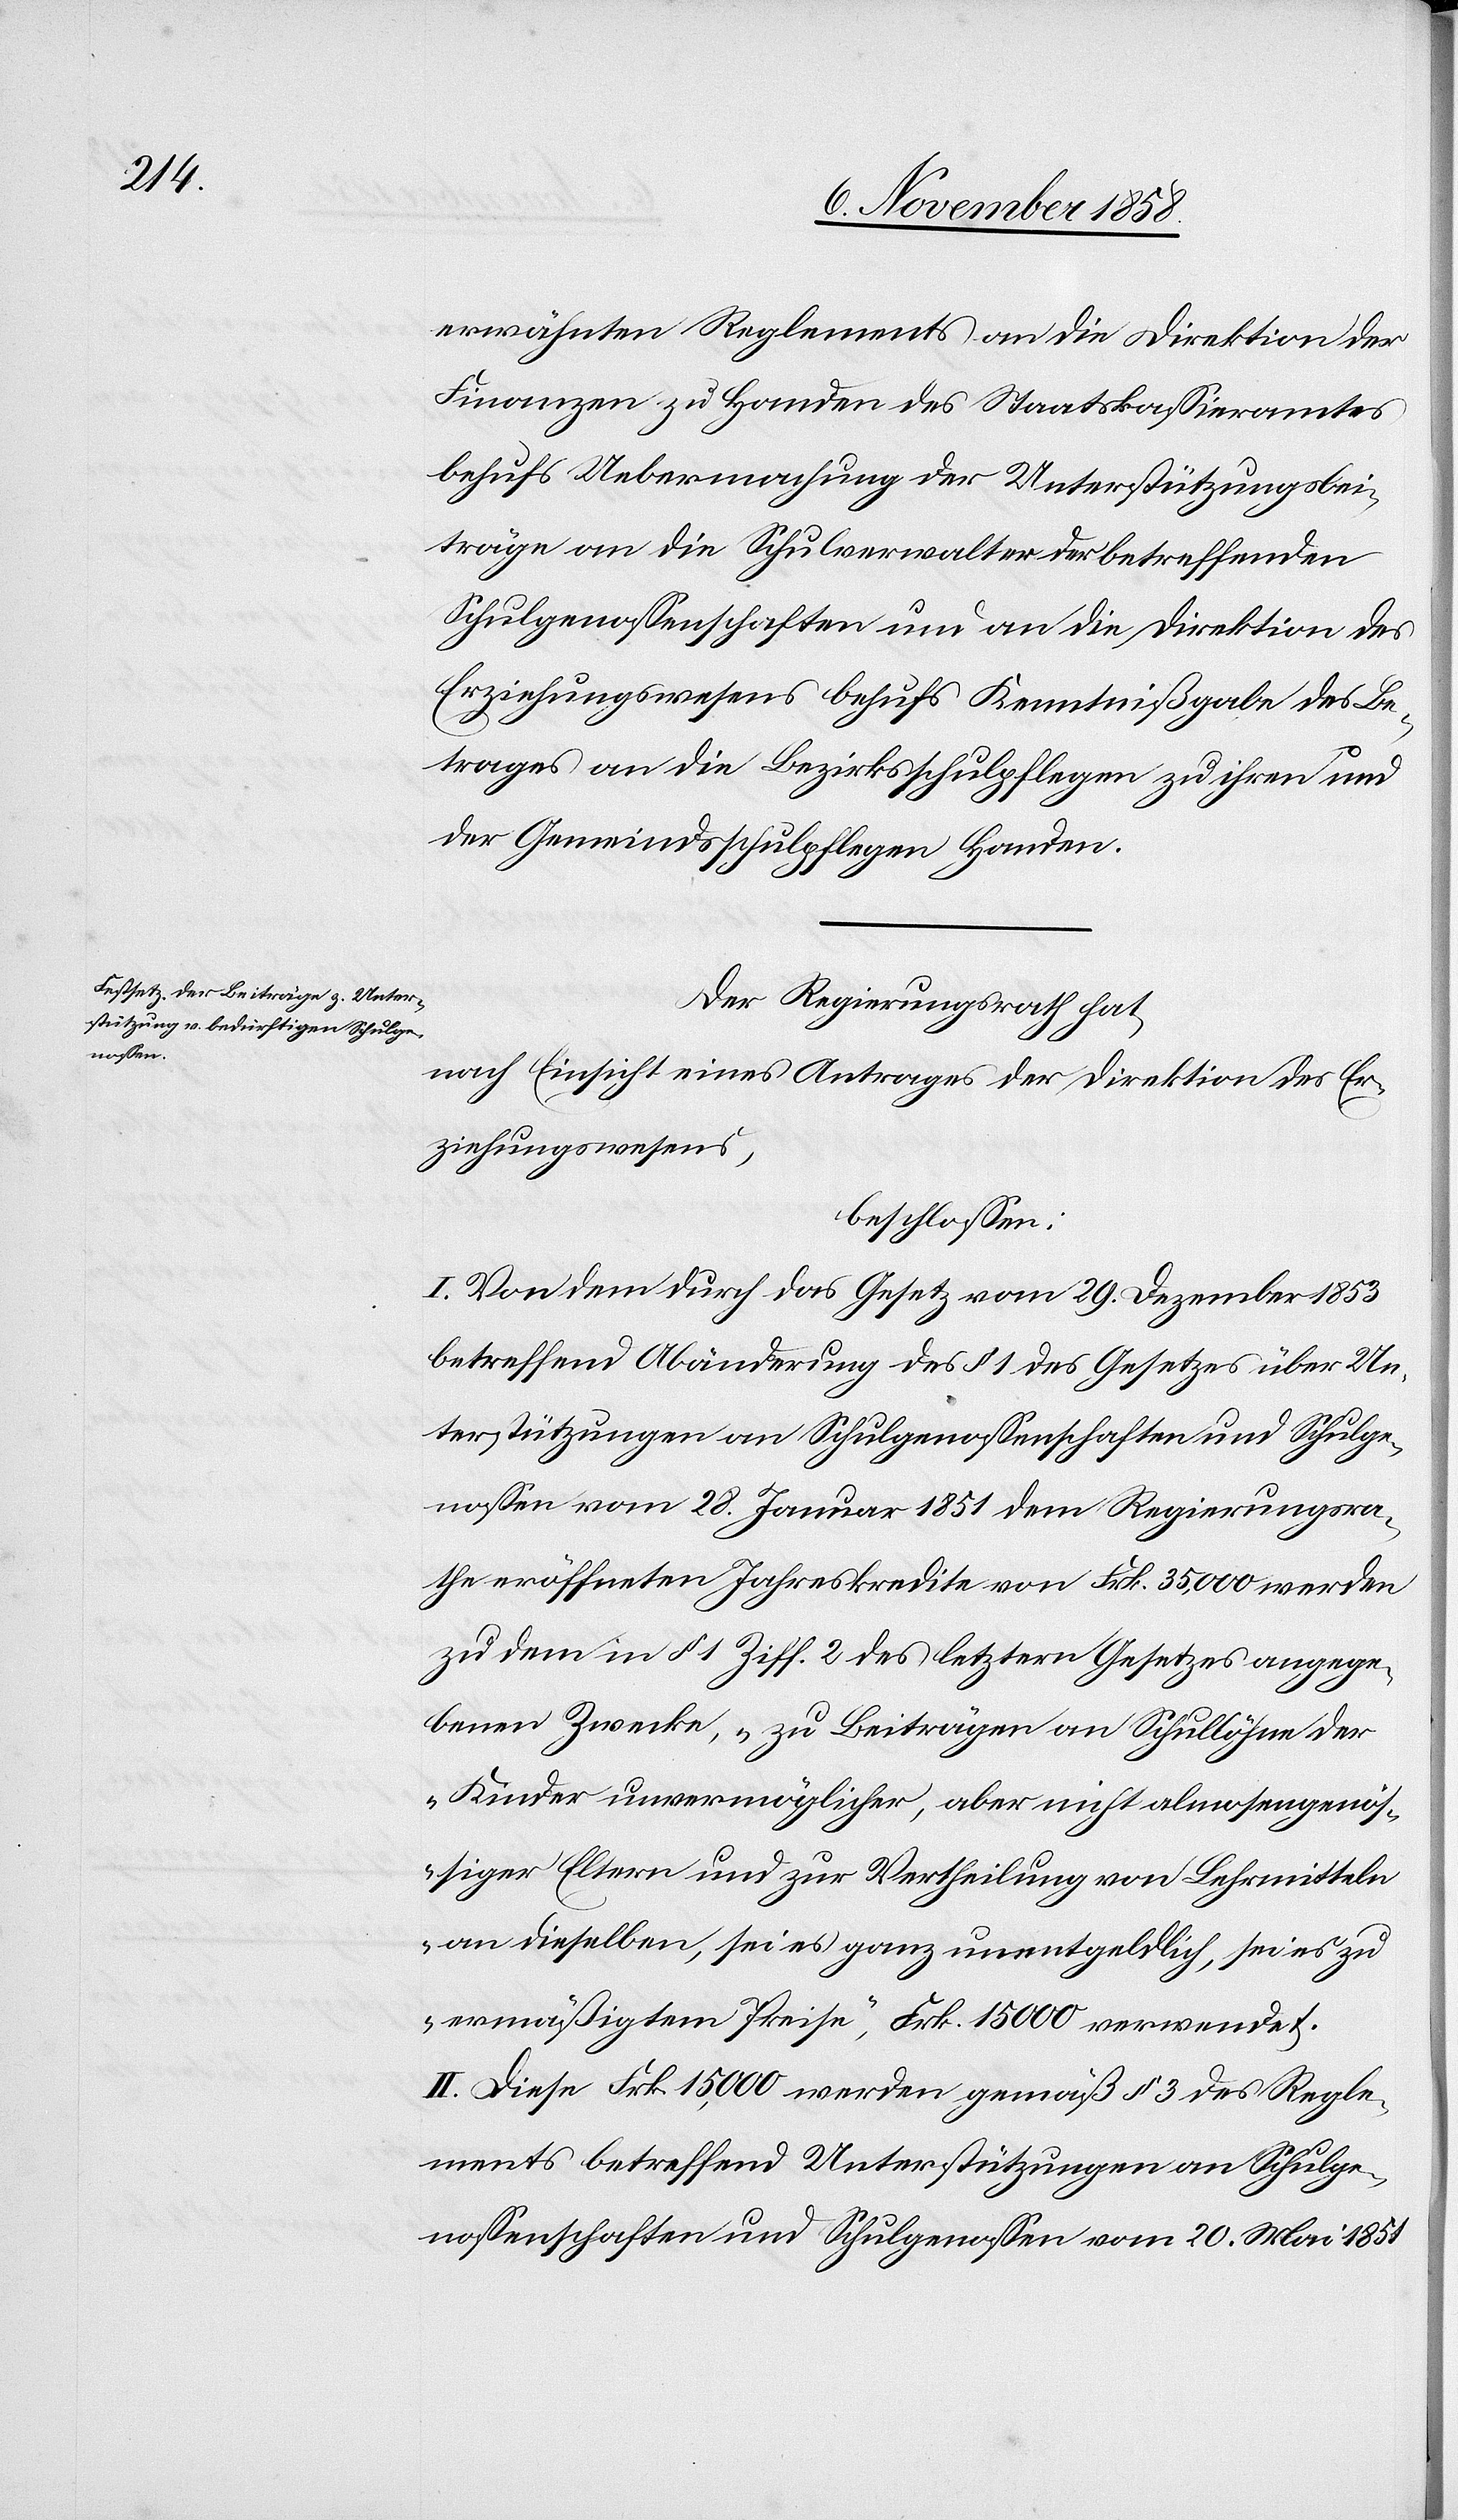
erwähnten Reglements an die Direktion der
Finanzen zu Handen des Staatskassieramtes
behufs Uebermachung der Unterstützungsbei¬
träge an die Schulverwalter der betreffenden
Schulgenossenschaften und an die Direktion des
Erziehungswesens behufs Kenntnißgabe des Be¬
trages an die Bezirksschulpflegen zu ihren und
der Gemeindsschulpflegen Handen.
Der Regierungsrath hat,
nach Einsicht eines Antrages der Direktion des Er¬
ziehungswesens,
beschlossen:
I. Von dem durch das Gesetz vom 29. Dezember 1853
betreffend Abänderung des § 1 des Gesetzes über Un¬
terstützungen an Schulgenossenschaften und Schulge¬
nossen vom 28. Januar 1851 dem Regierungsra¬
the eröffneten Jahreskredite von Frk. 35,000 werden
zu dem in § 1 Ziff. 2 des letztern Gesetzes angege¬
benen Zwecke, „zu Beiträgen an Schullöhne der
Kinder unvermöglicher, aber nicht almosengenös¬
siger Eltern und zur Vertheilung von Lehrmitteln
an dieselben, sei es ganz unentgeldlich, sei es zu
ermäßigtem Preise“, Frk. 15 000 verwendet.
II. Diese Frk. 15,000 werden gemäß § 3 des Regle¬
ments betreffend Unterstützungen an Schulge¬
nossenschaften und Schulgenossen vom 20. Mai 1851